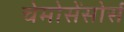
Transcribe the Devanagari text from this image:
चेमोसेंसोर्स